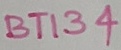
Text: BTI134